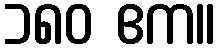
၁၈၀ ဧက။